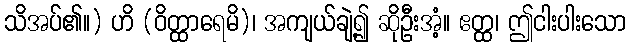
သိအပ်၏။) ဟိ (ဝိတ္ထာရေမိ)၊ အကျယ်ချဲ့၍ ဆိုဦးအံ့။ ဧတ္ထ၊ ဤငါးပါးသော